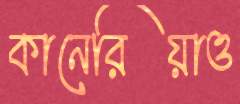
কানেরিয়াও